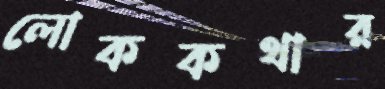
লোককথার